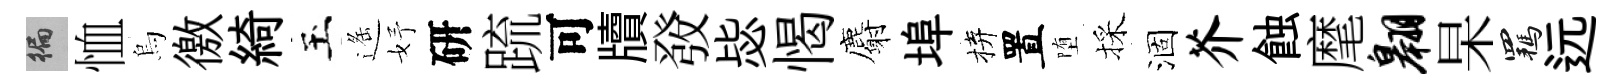
徧恤烏徼綺玉遥妤研䟽可牘𤼲毖愒麝埠拚置堕採涸芥蝕麾翱杲羈远